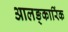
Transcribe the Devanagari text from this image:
आलङ्कारिंक